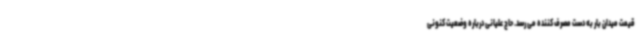
قیمت میدان بار به دست مصرف کننده می رسد. حاج علیانی درباره وضعیت کنونی